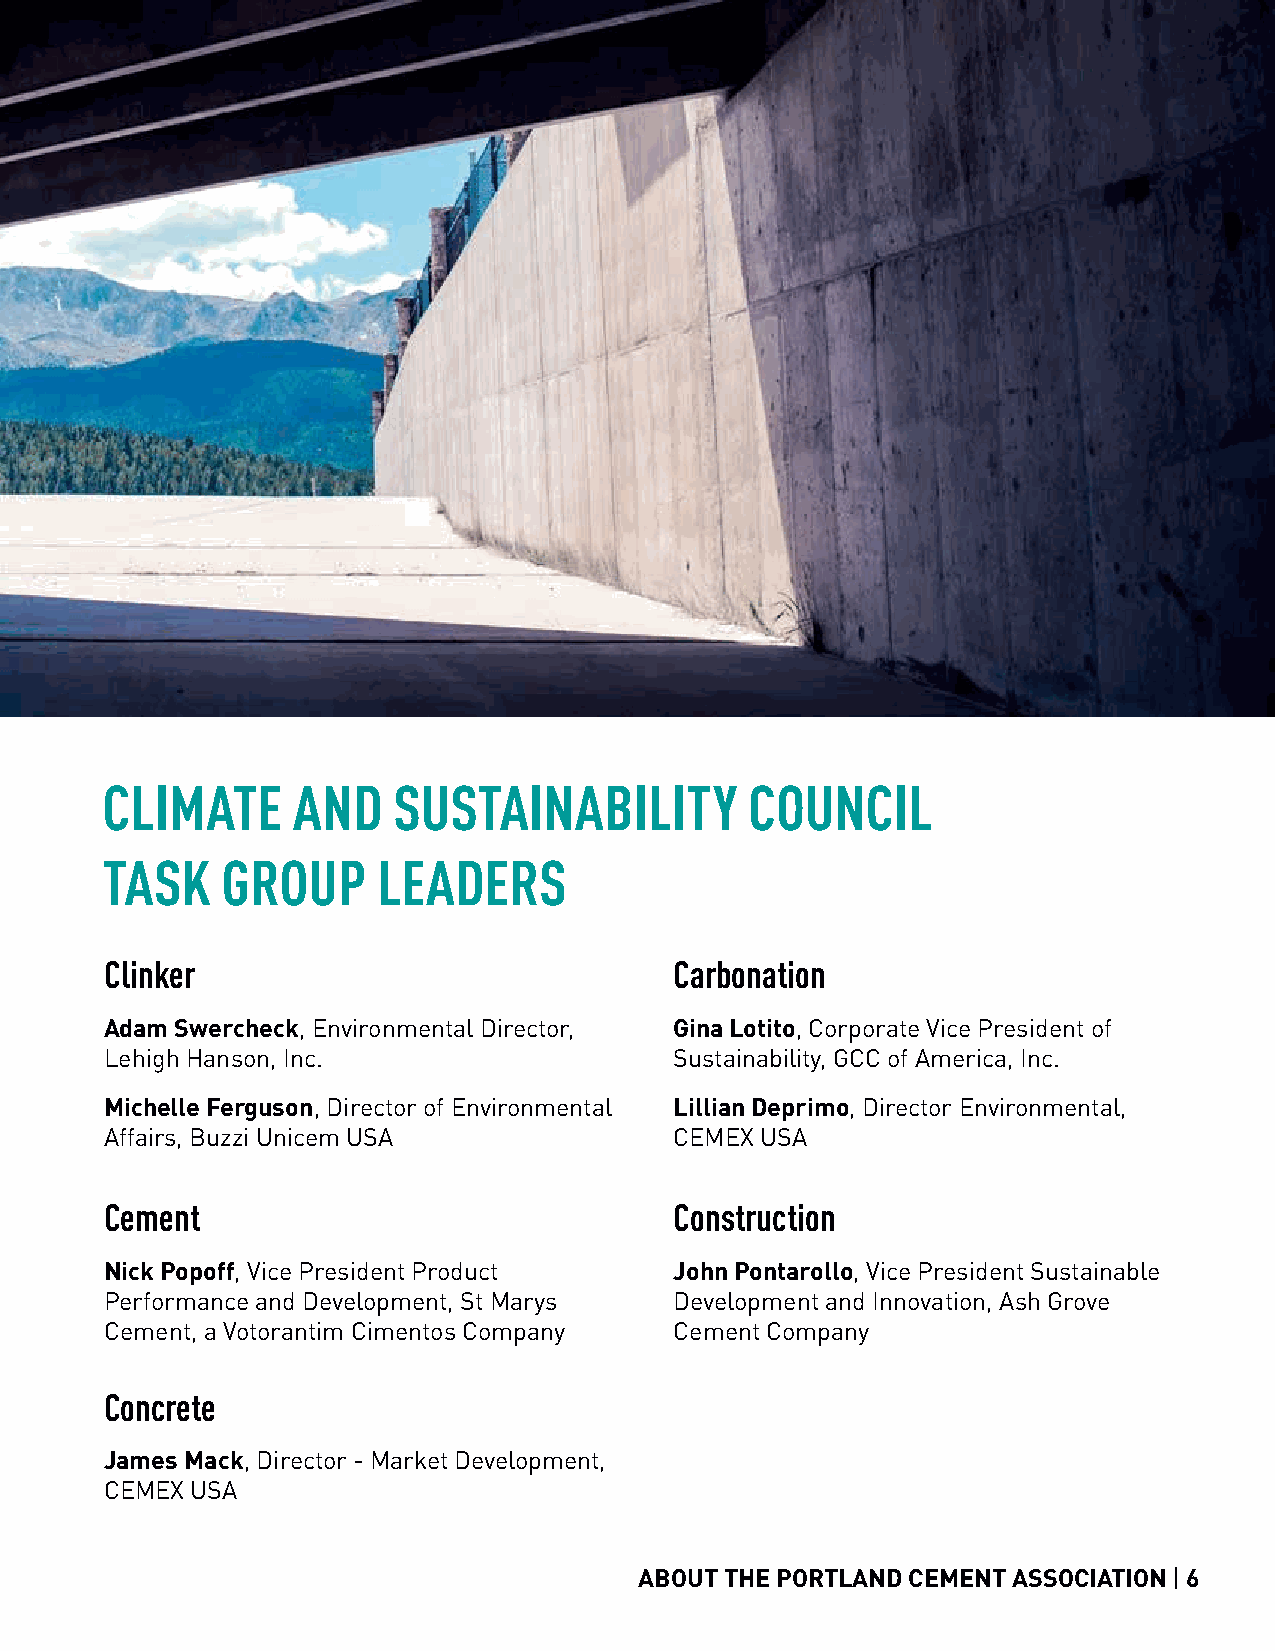
CLIMATE     AND    SUSTAINABILITY          COUNCIL
 TASK    GROUP     LEADERS
 Clinker                               Carbonation
 Adam Swercheck, Environmental Director, Gina Lotito, Corporate Vice President of
 Lehigh Hanson, Inc.                   Sustainability, GCC of America, Inc.
 Michelle Ferguson, Director of Environmental Lillian Deprimo, Director Environmental,
 Affairs, Buzzi Unicem USA             CEMEX USA
 Cement                                Construction
 Nick Popoff, Vice President Product   John Pontarollo, Vice President Sustainable
 Performance and Development, St Marys Development and Innovation, Ash Grove
 Cement, a Votorantim Cimentos Company Cement Company
 Concrete
 James Mack, Director - Market Development,
 CEMEX USA
 ABOUT THE PORTLAND CEMENT ASSOCIATION | 6